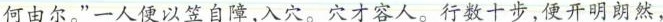
何由尔。”一人便以笠自障，入穴。穴才容人。行数十步，便开明朗然，